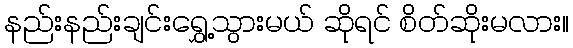
နည်းနည်းချင်းရွှေ့သွားမယ် ဆိုရင် စိတ်ဆိုးမလား။